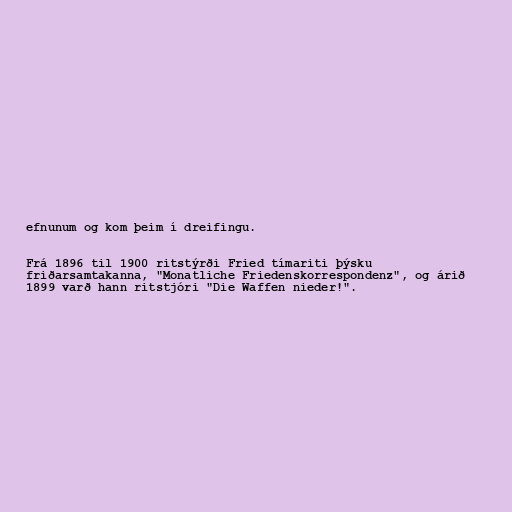
efnunum og kom þeim í dreifingu.

Frá 1896 til 1900 ritstýrði Fried tímariti þýsku
friðarsamtakanna, "Monatliche Friedenskorrespondenz", og árið
1899 varð hann ritstjóri "Die Waffen nieder!".